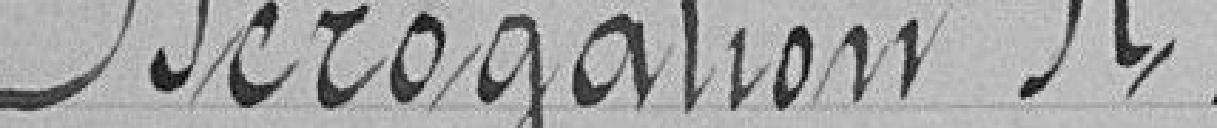
Dérogation A .